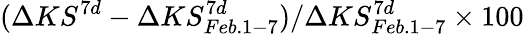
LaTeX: (\Delta KS^{7d}-\Delta KS_{Feb.1-7}^{7d})/\Delta KS_{Feb.1-7}^{7d}\times 100\